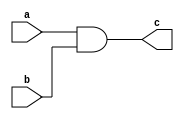
`timescale 1ns / 1ps
//////////////////////////////////////////////////////////////////////////////////
// Company: 
// Engineer: 
// 
// Design Name: 
// Module Name:    yumen44 
// Project Name: 
// Target Devices: 
// Tool versions: 
// Description: 
//
// Dependencies: 
//
// Revision: 
// Revision 0.01 - File Created
// Additional Comments: 
//
//////////////////////////////////////////////////////////////////////////////////
module yumen44(
	 input a,
    input b,
    output c
    );
	 assign c = a & b;
   


endmodule